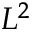
L ^ { 2 }